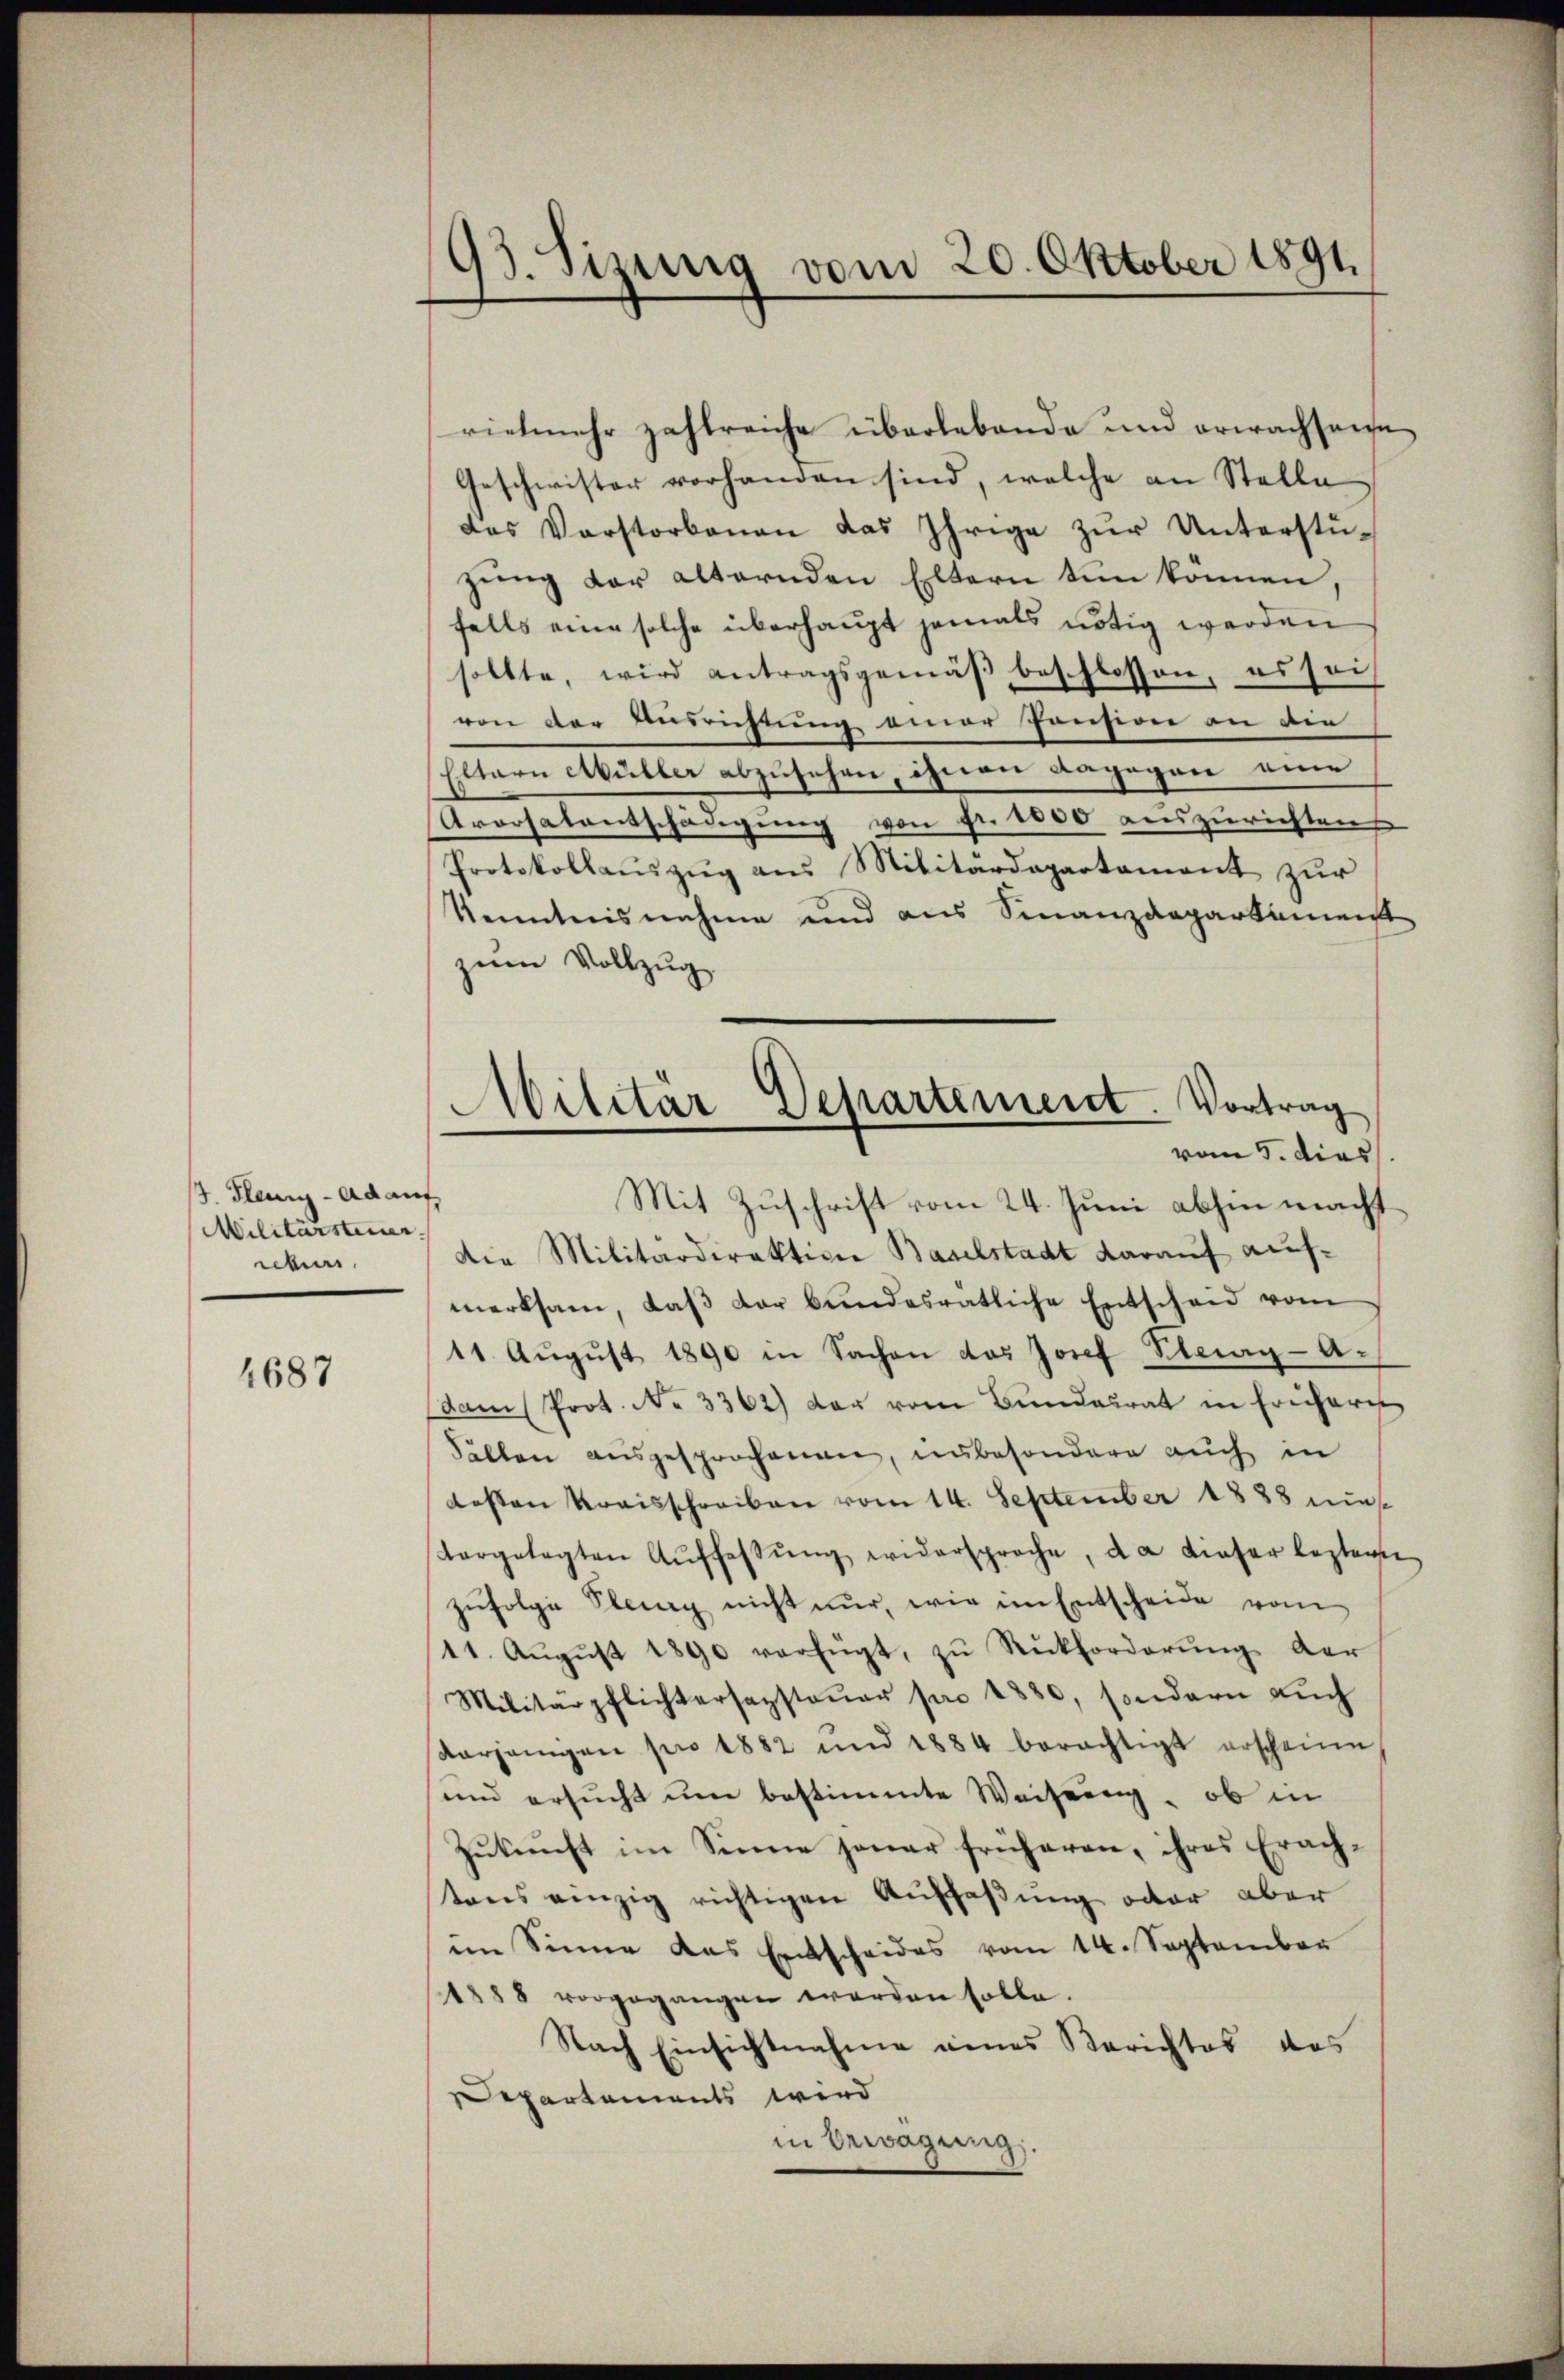
3. Feur-Adant
Militärsteiner
übe.

4687

93. Sizung vom 20. Oktober 1891.

vielmehr zahlreiche überlebende und erwachsene
Geschwister vorhanden sind, welche an Stelle
das Verstorbenen das Ihrige zur Unterstüzŭng der alternden Eltern tun können,
falls eine solche überhaupt jemals nötig werden
sollte, wird antragsgemäβ beschlossen, es soi
von der Ausrichtung einer Pension an die
Eltern Müller abzusehen, ihrere dagegen eine
Arorsalentschädigung von Fr. 1000 auszurichten
Protokollauszug aus Militärdepartament zur
Kenntnisnahme und aus Finanzdepartement
zum Vollzug
vom 5. dies
Mit Zuschrift vom 24. Juni abhin macht
Die Militärdirektion Baselstadt darauf auf-
merksam, daβ der bundesratliche Entscheid vom
11. August 1890 in Sachen das Josef Steig-Adam Prot. No 3362) der vom Bundesrat in frühere
Fällen aŭsgesprochenen, unbesondere auch in
dessen Kreisschreiben vom 14. September 1888 mit
targelegten Aŭffassŭng widersproche, da dieser leztern
zŭfolge Plang nicht nur, wie im Entscheide vom
11. Aŭgŭst 1890 verfügt, zŭ Rückforderŭng der
Militärpflichtersagsteŭer pro 1880, sondern aŭch
Vorgangen pro 1882 und 1884 berechtigt erscheine
und ersucht um bestimmte Weisung, ob in
Zŭkŭnft im Sinne jener früheren, ihres Erach-
tons einzig richtigen Auffaßung oder aber
im Sinne das Entscheides vom 14. September
1888 vorgegangen werden solle.
Nach Einsichtnahme eines Berichtes des
Departements wird
in bewegung

Militär Departement. Vortrag